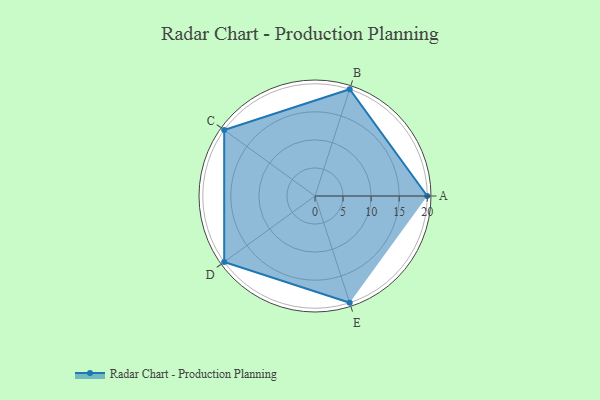
{"axis": {"x": "Skill", "y": "Score"}, "legend": ["Profile"], "data": [{"x": "A", "y": 20.0, "type": "Profile"}, {"x": "B", "y": 20, "type": "Profile"}, {"x": "C", "y": 20, "type": "Profile"}, {"x": "D", "y": 20, "type": "Profile"}, {"x": "E", "y": 20, "type": "Profile"}]}